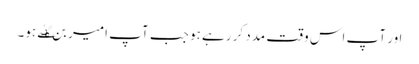
اور آپ اس وقت مدد کر رہے ہو جب آپ امیر بن گٸے ہو۔